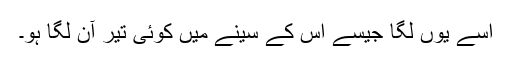
اسے یوں لگا جیسے اس کے سینے میں کوئی تیر آن لگا ہو۔